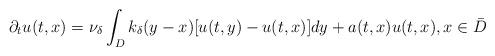
LaTeX: \begin{align*}\partial_t u(t, x)=\nu_\delta \int_D k_{\delta}(y-x)[u(t, y)-u(t, x)]dy+a(t, x)u(t, x),x\in \bar D\end{align*}